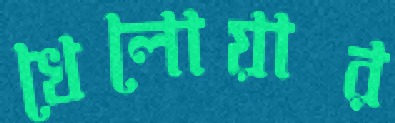
খেলোয়ার